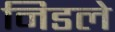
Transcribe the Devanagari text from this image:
निडले